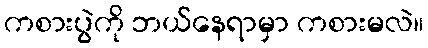
ကစားပွဲကို ဘယ်နေရာမှာ ကစားမလဲ။